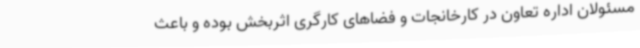
مسئولان اداره تعاون در کارخانجات و فضاهای کارگری اثربخش بوده و باعث